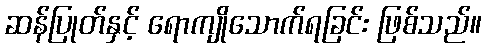
ဆန်ပြုတ်နှင့် ရောကျိုသောက်ရခြင်း ဖြစ်သည်။